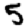
Digit: 5